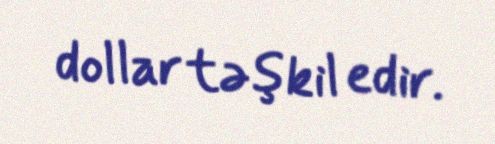
dollar təşkil edir.